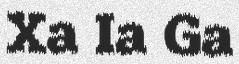
Xa Ia Ga